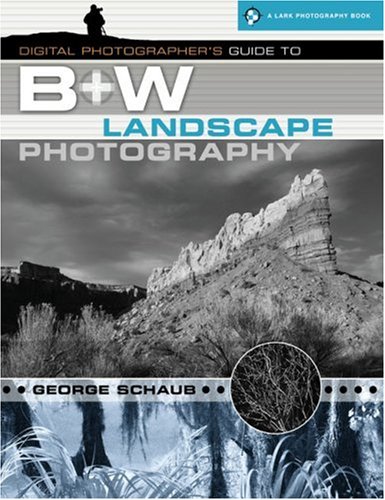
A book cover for Digital Photographer's Guide to B&W Landscape Photography (A Lark Photography Book); George Schaub; Arts & Photography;